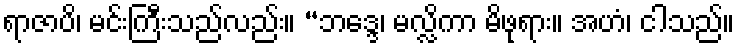
ရာဇာပိ၊ မင်းကြီးသည်လည်း။ “ဘဒ္ဒေ၊ မလ္လိကာ မိဖုရား။ အဟံ၊ ငါသည်။